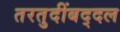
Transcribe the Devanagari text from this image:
तरतुदींबद्दल